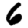
Digit: 6